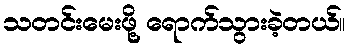
သတင်းမေးဖို့ ရောက်သွားခဲ့တယ်။